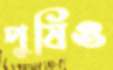
পুষিও